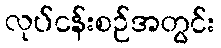
လုပ်ငန်းစဉ်အတွင်း